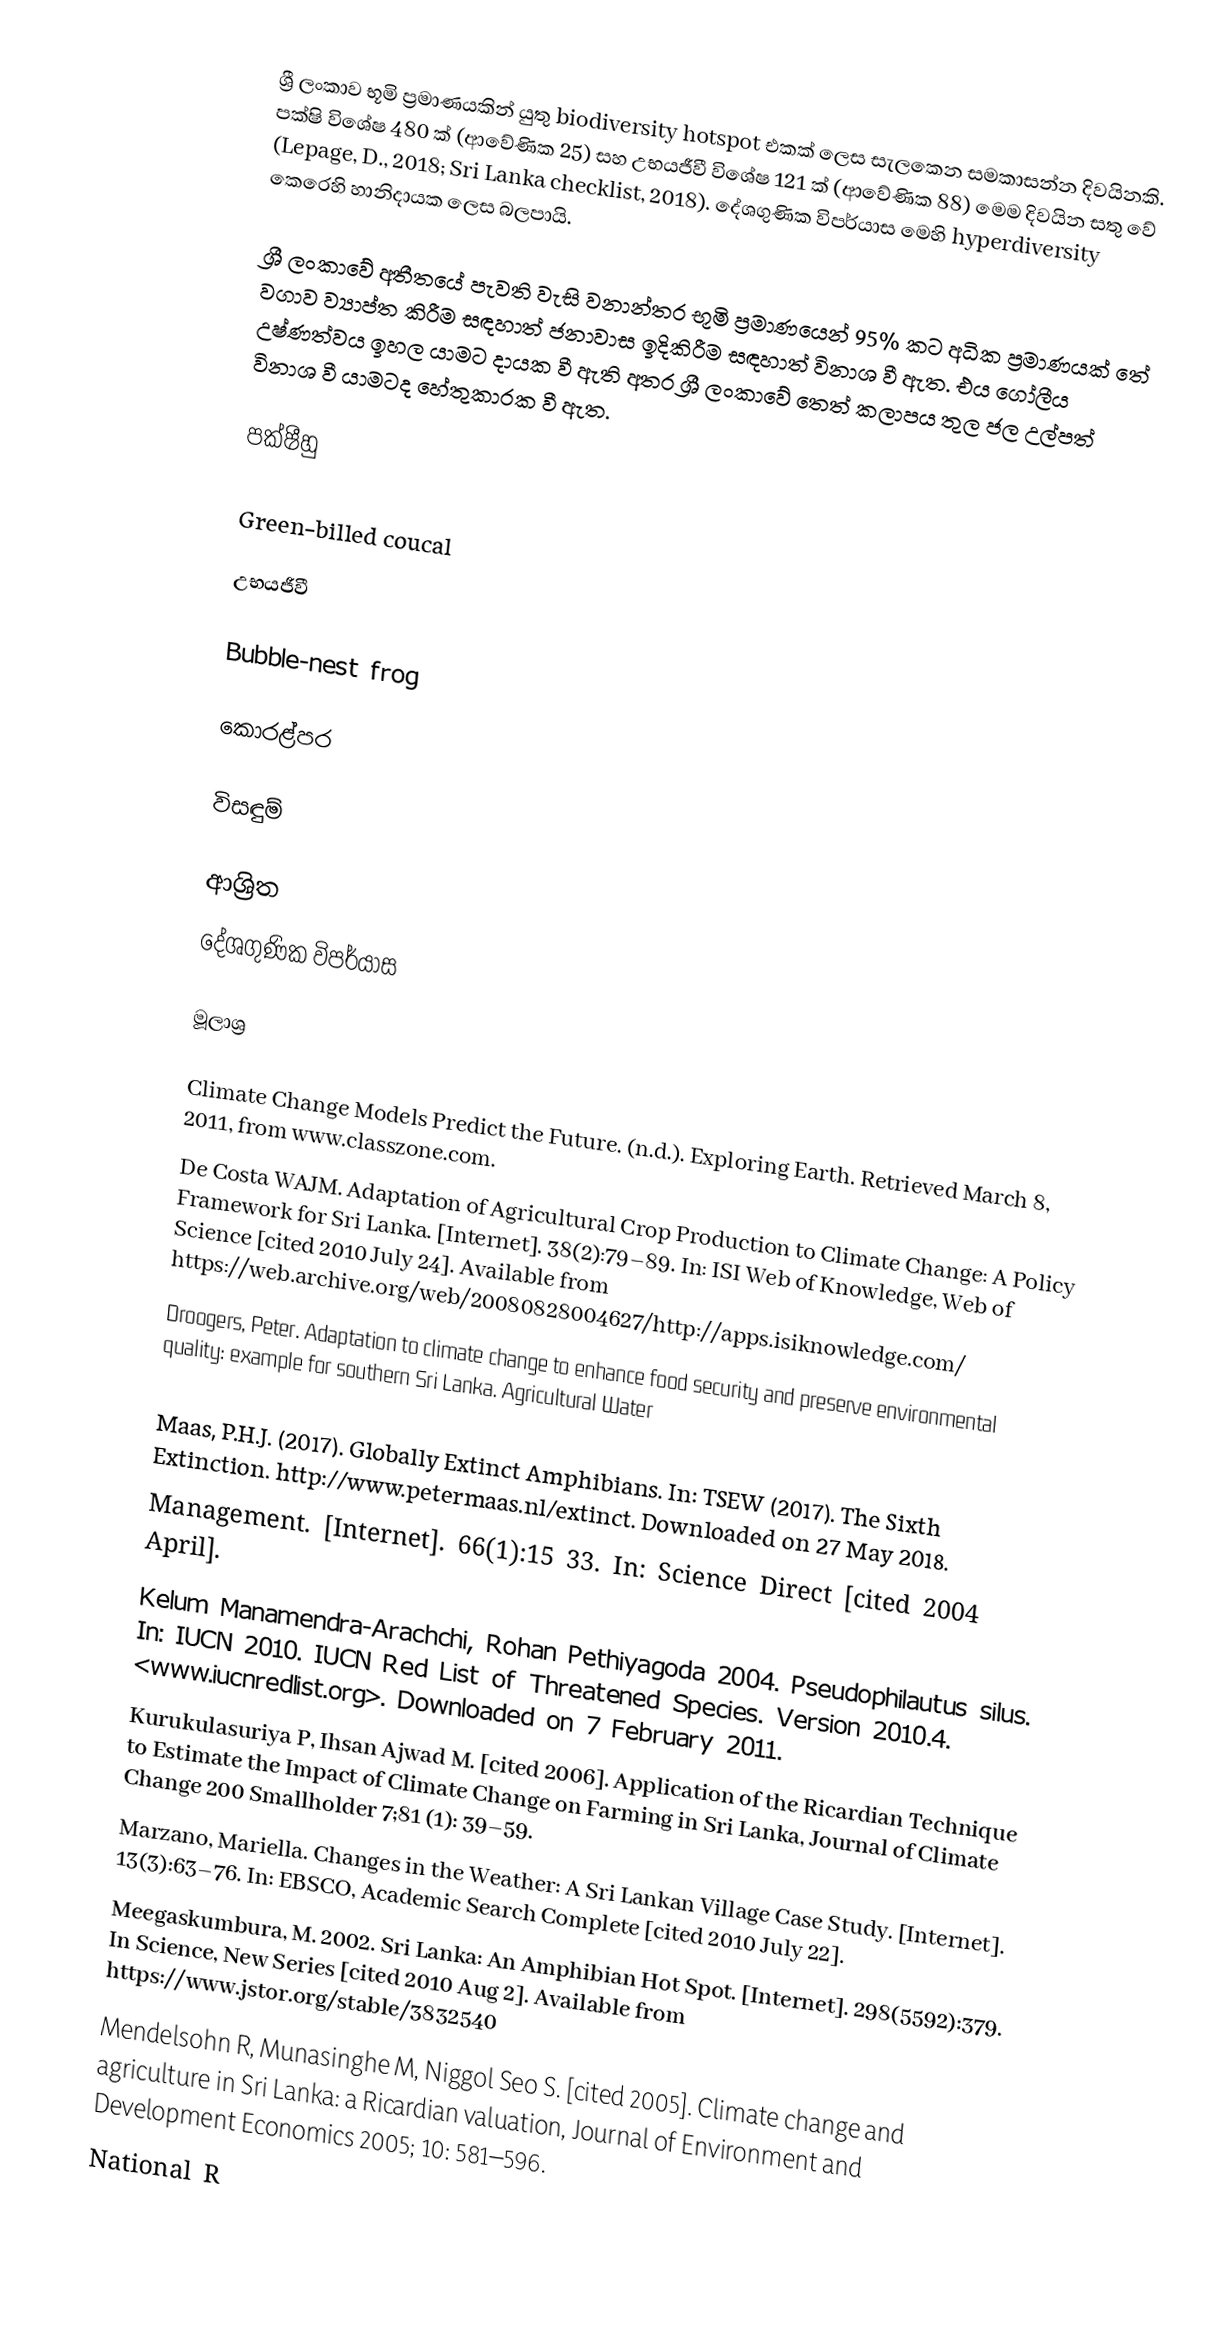
ශ්‍රී ලංකාව  භූමි ප්‍රමාණයකින් යුතු biodiversity hotspot එකක් ලෙස සැලකෙන සමකාසන්න දිවයිනකි. පක්ෂි විශේෂ 480 ක් (ආවේණික 25) සහ උභයජීවී විශේෂ 121 ක් (ආවේණික 88) මෙම දිවයින සතු වේ (Lepage, D., 2018; Sri Lanka checklist, 2018). දේශගුණික විපර්යාස මෙහි hyperdiversity කෙරෙහි හානිදායක ලෙස බලපායි.

ශ්‍රී ලංකාවේ අතීතයේ පැවති වැසි වනාන්තර භූමි ප්‍රමාණයෙන් 95% කට අධික ප්‍රමාණයක් තේ වගාව ව්‍යාප්ත කිරීම සඳහාත් ජනාවාස ඉදිකිරීම සඳහාත් විනාශ වී ඇත. එය ගෝලීය උෂ්ණත්වය ඉහල යාමට දායක වී ඇති අතර ශ්‍රී ලංකාවේ තෙත් කලාපය තුල ජල උල්පත් විනාශ වී යාමටද හේතුකාරක වී ඇත.

පක්ෂීහු

Green-billed coucal

උභයජීවී

Bubble-nest frog

කොරළ්පර

විසඳුම්

ආශ්‍රිත
 ‍දේශගුණික විපර්යාස

මූලාශ්‍ර

Climate Change Models Predict the Future. (n.d.). Exploring Earth. Retrieved March 8, 2011, from www.classzone.com.
De Costa WAJM. Adaptation of Agricultural Crop Production to Climate Change: A Policy	Framework for Sri Lanka. [Internet]. 38(2):79–89. In: ISI Web of Knowledge, Web	of Science   [cited 2010 July 24]. Available from https://web.archive.org/web/20080828004627/http://apps.isiknowledge.com/
Droogers, Peter. Adaptation to climate change to enhance food security and preserve environmental quality: example for southern Sri Lanka. Agricultural Water

Maas, P.H.J. (2017). Globally Extinct Amphibians. In: TSEW (2017). The Sixth Extinction. http://www.petermaas.nl/extinct. Downloaded on 27 May 2018.
Management. [Internet]. 66(1):15 33. In: Science Direct [cited 2004 April].
Kelum Manamendra-Arachchi, Rohan Pethiyagoda 2004. Pseudophilautus silus. In: IUCN 2010. IUCN Red List of Threatened Species. Version 2010.4. <www.iucnredlist.org>. Downloaded on 7 February 2011.
Kurukulasuriya P, Ihsan Ajwad M. [cited 2006]. Application of the Ricardian Technique to Estimate the Impact of Climate Change on Farming in Sri Lanka, Journal of Climate Change 200 Smallholder 7;81 (1): 39–59.
Marzano, Mariella. Changes in the Weather: A Sri Lankan Village Case Study. [Internet]. 13(3):63–76. In: EBSCO, Academic Search Complete [cited 2010 July 22].
Meegaskumbura, M. 2002. Sri Lanka: An Amphibian Hot Spot. [Internet]. 298(5592):379. In Science, New Series [cited 2010 Aug 2]. Available from https://www.jstor.org/stable/3832540
Mendelsohn R, Munasinghe M, Niggol Seo S. [cited 2005]. Climate change and agriculture in Sri Lanka: a	Ricardian valuation, Journal of Environment and Development Economics 2005; 10: 581–596.
National R